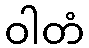
ဝါတံ